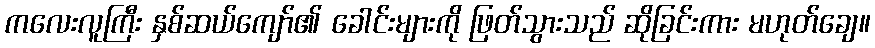
ကလေးလူကြီး နှစ်ဆယ်ကျော်၏ ခေါင်းများကို ဖြတ်သွားသည် ဆိုခြင်းကား မဟုတ်ချေ။